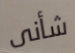
شأنى